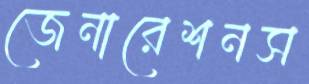
জেনারেশনস